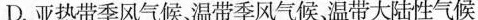
D.亚热带季风气候、温带季风气候、温带大陆性气候